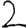
Digit: 2